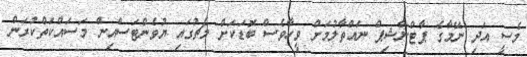
މެސީ އަދި ނޭމާގެ ޕާޓްނާޝިޕް ނައްތާލުމަށް ވީހާވެސް ބޮޑަކަށް މެޗުގައި ޔުވެންޓަސްއިން މަސައްކަތްކުރަން